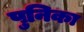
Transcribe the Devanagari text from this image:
पुनिका